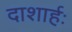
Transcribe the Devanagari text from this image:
दाशार्हः